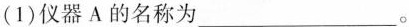
(1)仪器A的名称为___.